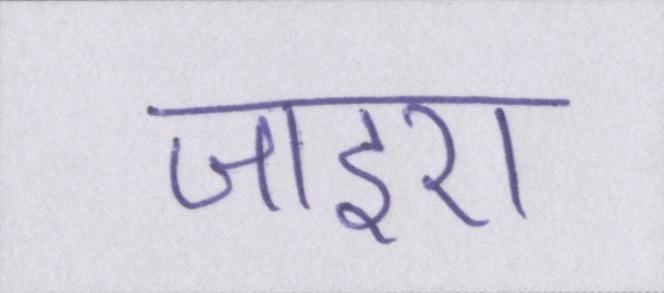
जाइए